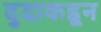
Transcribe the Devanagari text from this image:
दुदाकडून